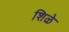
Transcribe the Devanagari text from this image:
शिळे